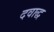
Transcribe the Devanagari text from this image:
दवाद्ध